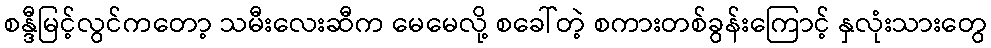
စန္ဒီမြင့်လွင်ကတော့ သမီးလေးဆီက မေမေလို့ စခေါ်တဲ့ စကားတစ်ခွန်းကြောင့် နှလုံးသားတွေ